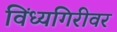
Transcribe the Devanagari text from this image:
विंध्यगिरीवर